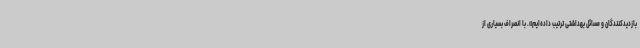
بازدیدکنندگان و مسائل بهداشتی ترتیب داده‌ایم». با انصراف بسیاری از